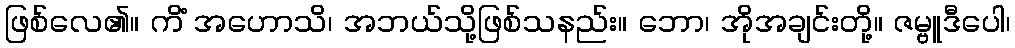
ဖြစ်လေ၏။ ကိံ အဟောသိ၊ အဘယ်သို့ဖြစ်သနည်း။ ဘော၊ အိုအချင်းတို့။ ဇမ္ဗူဒီပေါ၊